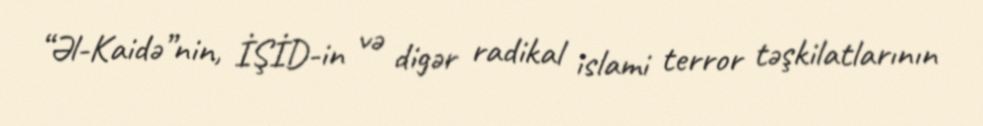
“Əl-Kaidə”nin, İŞİD-in və digər radikal islami terror təşkilatlarının